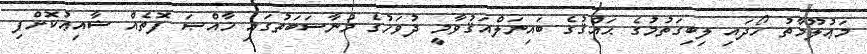
މަޢުލޫމާތު ހޯދައި ލިބިގަތުމުގެ ޙައްޤުގެ ބައިނަލްއަޤުވާމީ ދުވަހުގެ މުނާސަބަތުގައި ޚާއްޞަ ފޮތެއް ޝާއިޢުކޮށްފި